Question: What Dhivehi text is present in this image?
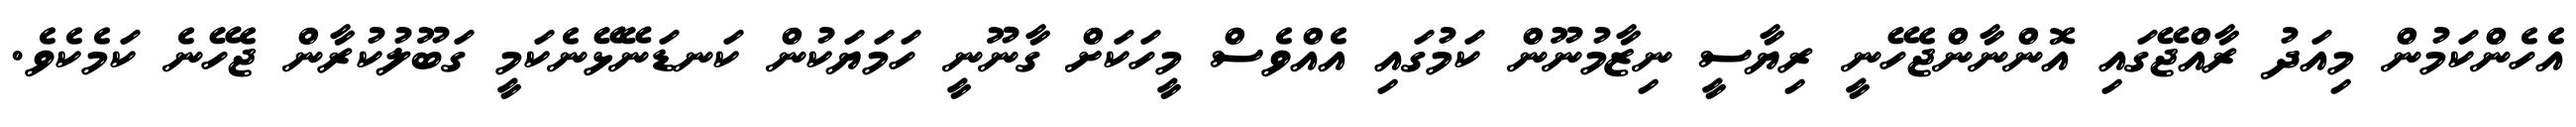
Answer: އެހެންކަމުން މިއަދު ރާއްޖޭގައި އޮންނާންޖެހޭނީ ރިޔާސީ ނިޒާމުނޫން ކަމުގައި އެއްވެސް މީހަކަށް ގާނޫނީ ހަމަޔަކުން ކަނޑަނޭޅޭނެކަމީ ގަބޫލުކުރާން ޖެހޭނެ ކަމެކެވެ.